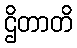
ဌိတာတိ